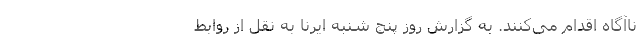
ناآگاه اقدام می‌کنند. به گزارش روز پنج شنبه ایرنا به نقل از روابط